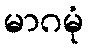
မာဂမုံ